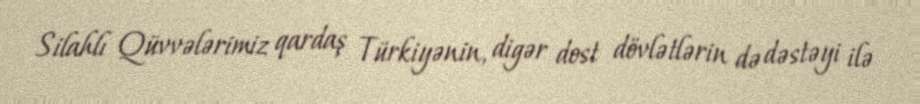
Silahlı Qüvvələrimiz qardaş Türkiyənin, digər dost dövlətlərin də dəstəyi ilə